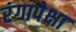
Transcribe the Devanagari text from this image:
रंगापेक्षा